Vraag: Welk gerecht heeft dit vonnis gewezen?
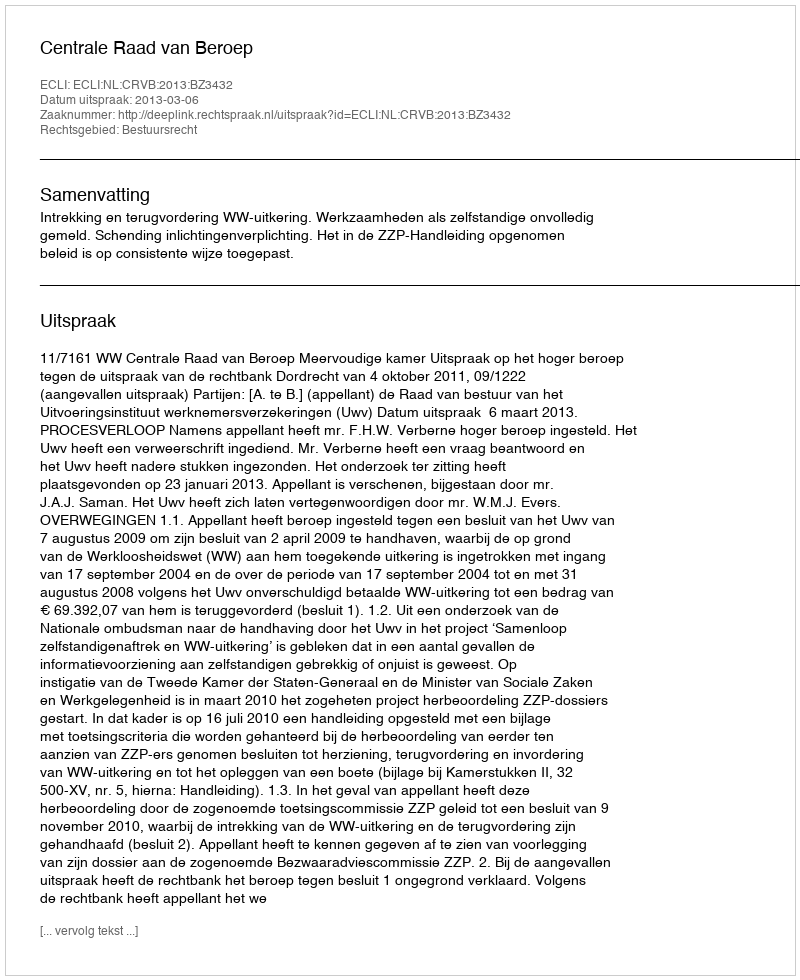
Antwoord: Centrale Raad van Beroep